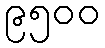
၉၅၀၀